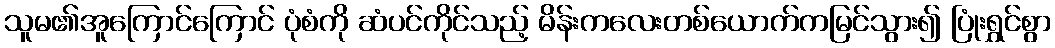
သူမ၏အူကြောင်ကြောင် ပုံစံကို ဆံပင်ကိုင်သည့် မိန်းကလေးတစ်ယောက်ကမြင်သွား၍ ပြုံးရွှင်စွာ